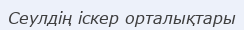
Сеулдің іскер орталықтары